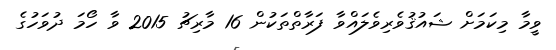
ވީމާ މިކަމަށް ޝައުޤުވެރިވެލައްވާ ފަރާތްތަކުން 16 މާރިޗު 2015 ވާ ހޯމަ ދުވަހުގެ